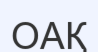
ОАҚ